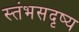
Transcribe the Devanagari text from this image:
स्तंभसदृष्य